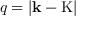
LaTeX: q = \left| \mathbf { k } - \mathrm { K } \right|